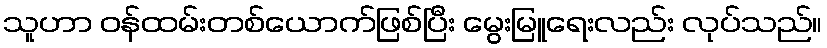
သူဟာ ဝန်ထမ်းတစ်ယောက်ဖြစ်ပြီး မွေးမြူရေးလည်း လုပ်သည်။